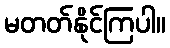
မတတ်နိုင်ကြပါ။